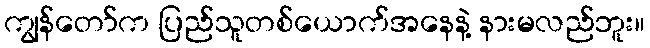
ကျွန်တော်က ပြည်သူတစ်ယောက်အနေနဲ့ နားမလည်ဘူး။